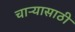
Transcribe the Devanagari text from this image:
चाऱ्यासाठी